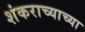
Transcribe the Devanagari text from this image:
शंकराच्याच्या